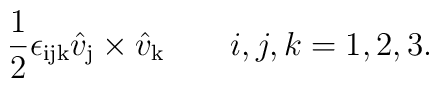
{1\over 2} \epsilon_{\mathrm{ijk}} \hat v_{\mathrm{j}}\times\hat v_{\mathrm{k}}\qquad i,j,k = 1,2,3.